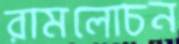
রামলোচন